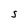
Character: 5